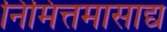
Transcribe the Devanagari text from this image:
निमित्तमासाद्य